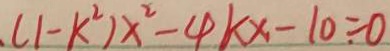
. ( 1 - k ^ { 2 } ) x ^ { 2 } - 4 k x - 1 0 = 0